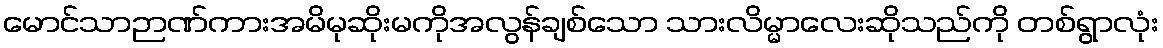
မောင်သာဉာဏ်ကားအမိမုဆိုးမကိုအလွန်ချစ်သော သားလိမ္မာလေးဆိုသည်ကို တစ်ရွာလုံး